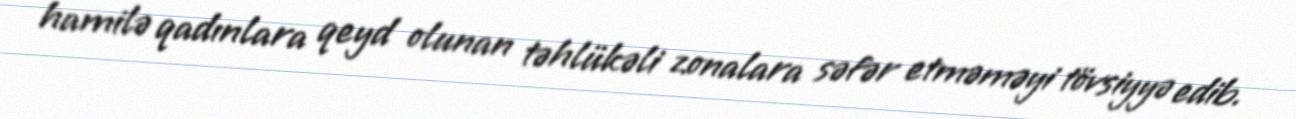
hamilə qadınlara qeyd olunan təhlükəli zonalara səfər etməməyi tövsiyyə edib.